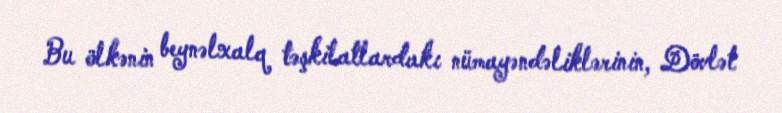
Bu ölkənin beynəlxalq təşkilatlardakı nümayəndəliklərinin, Dövlət